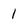
Character: 1